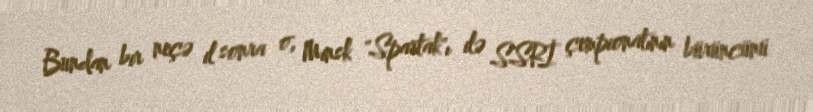
Bundan bir neçə il sonra o, Minsk "Spartak"ı ilə SSRİ çempionatının bürüncünü